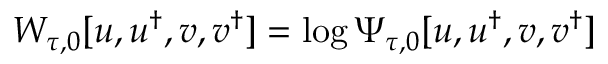
W _ { \tau , 0 } [ u , u ^ { \dagger } , { v } , { v } ^ { \dagger } ] = \log \Psi _ { \tau , 0 } [ u , u ^ { \dagger } , { v } , { v } ^ { \dagger } ]